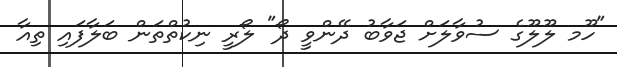
"ހޫމ ލޫލޫގެ ސުވާލަށް ޖަވާބު ދޭންވީ ދޯ" ލޯރީ ނިކުތްތަން ބަލާފައި ތިއާ